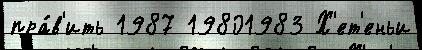
пра́в'ить 1987 19801983 Х'ет'еньи